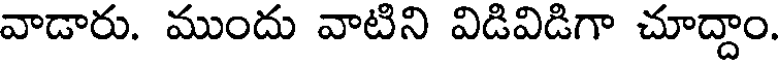
వాడారు. ముందు వాటిని విడివిడిగా చూద్దాం.